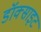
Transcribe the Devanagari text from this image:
डॉक्साइट